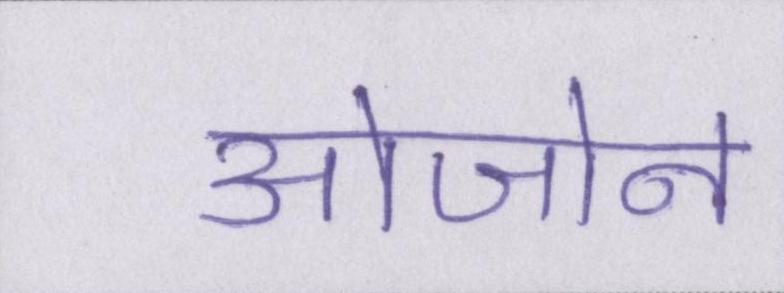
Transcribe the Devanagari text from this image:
ओजोन